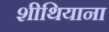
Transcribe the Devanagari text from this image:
शीथियाना